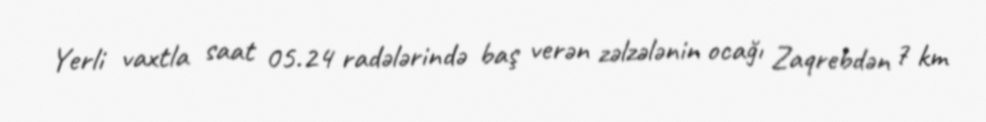
Yerli vaxtla saat 05.24 radələrində baş verən zəlzələnin ocağı Zaqrebdən 7 km